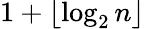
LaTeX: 1+\lfloor\log_{2}n\rfloor